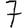
Digit: 7